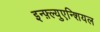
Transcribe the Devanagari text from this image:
इन्फ़्ल्युएन्शियल